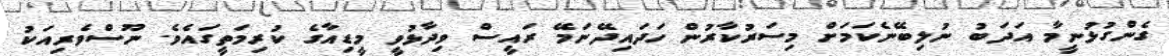
ގެންގުޅުނީމާ އަދަބު ނުލިބޭނެކަމަށް މިސަރުކާރުން ހަދައިދޭނަމޭ ރައީސް ވިދާޅުވީ މީޑިއާގެ ކުރިމަތީގައެވެ. ނޫސްވެރިއަކު